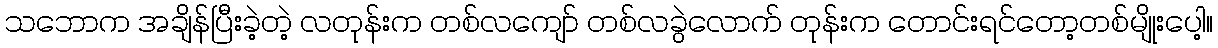
သဘောက အချိန်ပြီးခဲ့တဲ့ လတုန်းက တစ်လကျော် တစ်လခွဲလောက် တုန်းက တောင်းရင်တော့တစ်မျိုးပေါ့။